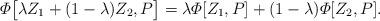
LaTeX: \begin{align*}\varPhi\big[\lambda Z_1 + (1-\lambda)Z_2, P \big] = \lambda \varPhi[Z_1,P] + (1-\lambda) \varPhi[Z_2,P].\end{align*}